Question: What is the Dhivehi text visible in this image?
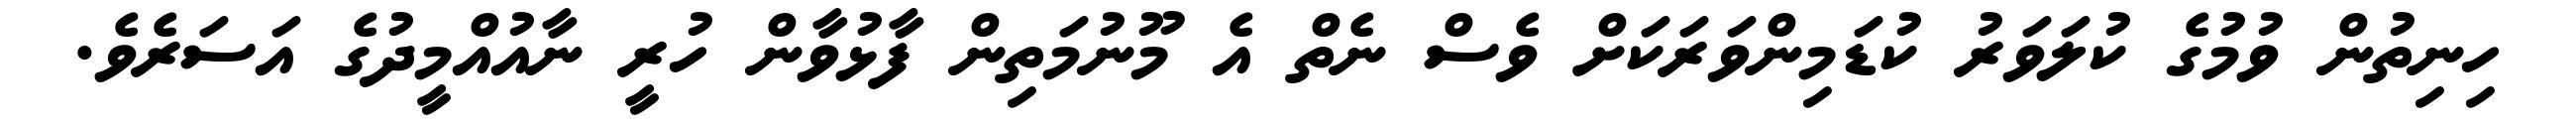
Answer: ހިނިތުން ވުމުގެ ކުލަވަރު ކުޑަމިންވަރަކަށް ވެސް ނެތް އެ މޫނުމަތިން ފާޅުވާން ހުރީ ނާއުއްމީދުގެ އަސަރެވެ.